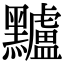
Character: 黸